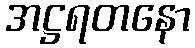
အဋ္ဌရတနော